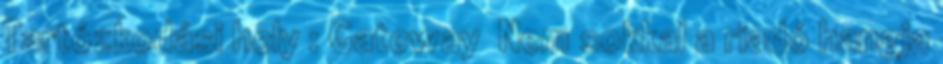
Tartózkodási hely : Gateway Nem sokkal a riadó hangja